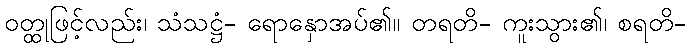
ဝတ္ထုဖြင့်လည်း၊ သံသဋ္ဌံ- ရောနှောအပ်၏။ တရတိ- ကူးသွား၏၊ စရတိ-